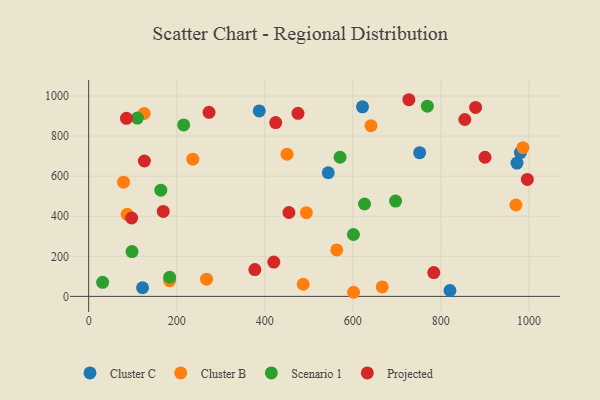
{"axis": {"x": "Speed", "y": "Fuel Efficiency"}, "legend": ["Cluster B", "Cluster C", "Projected", "Scenario 1"], "data": [{"x": "622.0", "y": 946.1, "type": "Cluster C"}, {"x": "387.5", "y": 925.7, "type": "Cluster C"}, {"x": "972.9", "y": 665.1, "type": "Cluster C"}, {"x": "980.6", "y": 717.7, "type": "Cluster C"}, {"x": "751.8", "y": 717.3, "type": "Cluster C"}, {"x": "820.7", "y": 29.3, "type": "Cluster C"}, {"x": "122.4", "y": 43.0, "type": "Cluster C"}, {"x": "544.2", "y": 617.0, "type": "Cluster C"}, {"x": "494.5", "y": 417.9, "type": "Cluster B"}, {"x": "601.7", "y": 20.5, "type": "Cluster B"}, {"x": "236.6", "y": 684.6, "type": "Cluster B"}, {"x": "87.3", "y": 409.5, "type": "Cluster B"}, {"x": "79.2", "y": 570.0, "type": "Cluster B"}, {"x": "267.8", "y": 85.8, "type": "Cluster B"}, {"x": "641.2", "y": 851.9, "type": "Cluster B"}, {"x": "970.4", "y": 456.1, "type": "Cluster B"}, {"x": "450.6", "y": 709.8, "type": "Cluster B"}, {"x": "986.4", "y": 742.2, "type": "Cluster B"}, {"x": "183.8", "y": 78.2, "type": "Cluster B"}, {"x": "666.8", "y": 47.2, "type": "Cluster B"}, {"x": "487.3", "y": 60.6, "type": "Cluster B"}, {"x": "126.1", "y": 912.6, "type": "Cluster B"}, {"x": "563.5", "y": 231.7, "type": "Cluster B"}, {"x": "98.5", "y": 223.6, "type": "Scenario 1"}, {"x": "769.3", "y": 949.0, "type": "Scenario 1"}, {"x": "31.7", "y": 70.0, "type": "Scenario 1"}, {"x": "697.1", "y": 475.8, "type": "Scenario 1"}, {"x": "184.0", "y": 95.4, "type": "Scenario 1"}, {"x": "215.8", "y": 855.8, "type": "Scenario 1"}, {"x": "110.5", "y": 890.0, "type": "Scenario 1"}, {"x": "163.9", "y": 529.9, "type": "Scenario 1"}, {"x": "626.6", "y": 461.0, "type": "Scenario 1"}, {"x": "571.0", "y": 694.3, "type": "Scenario 1"}, {"x": "601.4", "y": 308.8, "type": "Scenario 1"}, {"x": "783.9", "y": 118.8, "type": "Projected"}, {"x": "475.5", "y": 913.6, "type": "Projected"}, {"x": "878.9", "y": 943.1, "type": "Projected"}, {"x": "126.6", "y": 675.5, "type": "Projected"}, {"x": "854.4", "y": 882.6, "type": "Projected"}, {"x": "454.9", "y": 418.5, "type": "Projected"}, {"x": "996.5", "y": 583.6, "type": "Projected"}, {"x": "727.3", "y": 981.4, "type": "Projected"}, {"x": "424.8", "y": 867.4, "type": "Projected"}, {"x": "377.5", "y": 133.8, "type": "Projected"}, {"x": "85.8", "y": 888.7, "type": "Projected"}, {"x": "900.3", "y": 694.4, "type": "Projected"}, {"x": "273.4", "y": 918.6, "type": "Projected"}, {"x": "420.5", "y": 171.1, "type": "Projected"}, {"x": "169.4", "y": 424.1, "type": "Projected"}, {"x": "97.6", "y": 391.1, "type": "Projected"}]}